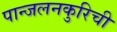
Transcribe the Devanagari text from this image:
पान्जलनकुरिची